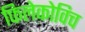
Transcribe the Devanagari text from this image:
फिलेकोविच